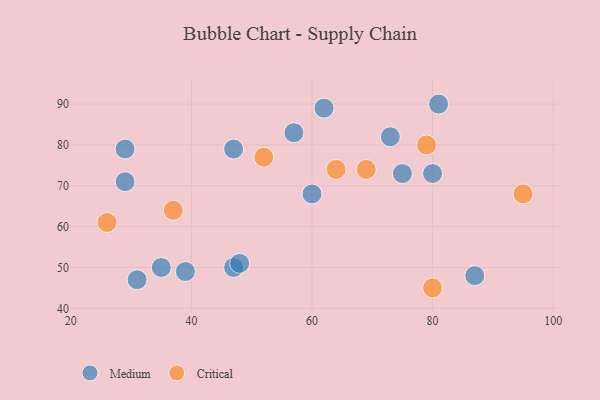
{"axis": {"x": "GDP", "y": "Life Expectancy"}, "legend": ["Critical", "Medium"], "data": [{"x": "35", "y": 50, "type": "Medium"}, {"x": "57", "y": 83, "type": "Medium"}, {"x": "80", "y": 73, "type": "Medium"}, {"x": "47", "y": 50, "type": "Medium"}, {"x": "75", "y": 73, "type": "Medium"}, {"x": "48", "y": 51, "type": "Medium"}, {"x": "73", "y": 82, "type": "Medium"}, {"x": "29", "y": 79, "type": "Medium"}, {"x": "31", "y": 47, "type": "Medium"}, {"x": "39", "y": 49, "type": "Medium"}, {"x": "62", "y": 89, "type": "Medium"}, {"x": "87", "y": 48, "type": "Medium"}, {"x": "29", "y": 71, "type": "Medium"}, {"x": "81", "y": 90, "type": "Medium"}, {"x": "47", "y": 79, "type": "Medium"}, {"x": "60", "y": 68, "type": "Medium"}, {"x": "52", "y": 77, "type": "Critical"}, {"x": "80", "y": 45, "type": "Critical"}, {"x": "64", "y": 74, "type": "Critical"}, {"x": "69", "y": 74, "type": "Critical"}, {"x": "37", "y": 64, "type": "Critical"}, {"x": "79", "y": 80, "type": "Critical"}, {"x": "26", "y": 61, "type": "Critical"}, {"x": "95", "y": 68, "type": "Critical"}]}